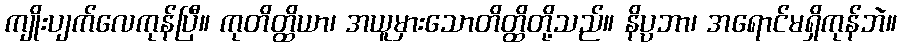
ကျိုးပျက်လေကုန်ပြီ။ ကုတိတ္ထိယာ၊ အယူမှားသောတိတ္ထိတို့သည်။ နိပ္ပဘာ၊ အရောင်မရှိကုန်ဘဲ။